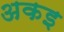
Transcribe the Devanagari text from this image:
अकइ